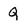
Character: Q